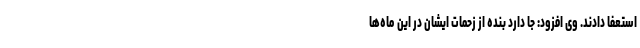
استعفا دادند. وی افزود: جا دارد بنده از زحمات ایشان در این ماه‌ها